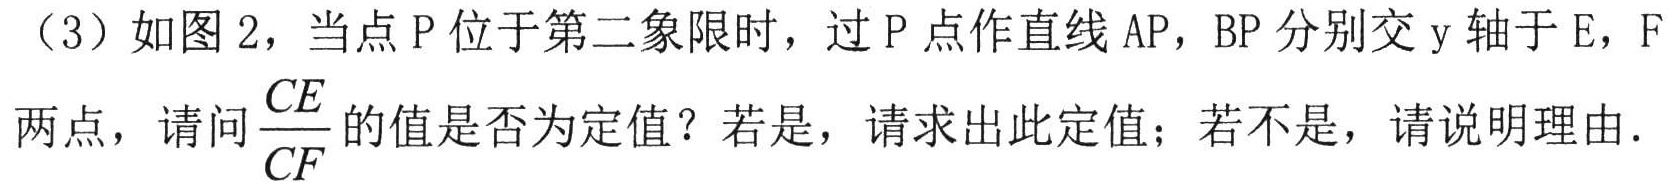
（3）如图2，当点P位于第二象限时，过P点作直线AP，BP分别交y轴于E，F
两点，请问$\frac{CE}{CF}$的值是否为定值？若是，请求出此定值；若不是，请说明理由.